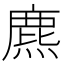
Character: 麃